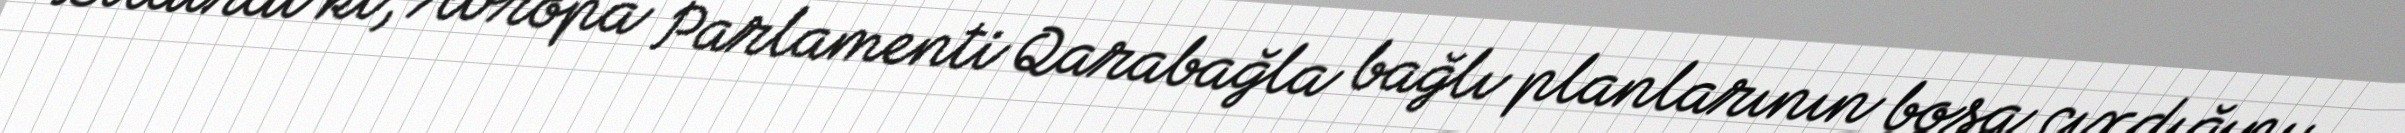
Bildirdi ki, Avropa Parlamenti Qarabağla bağlı planlarının boşa çıxdığını